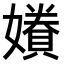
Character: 𫲂